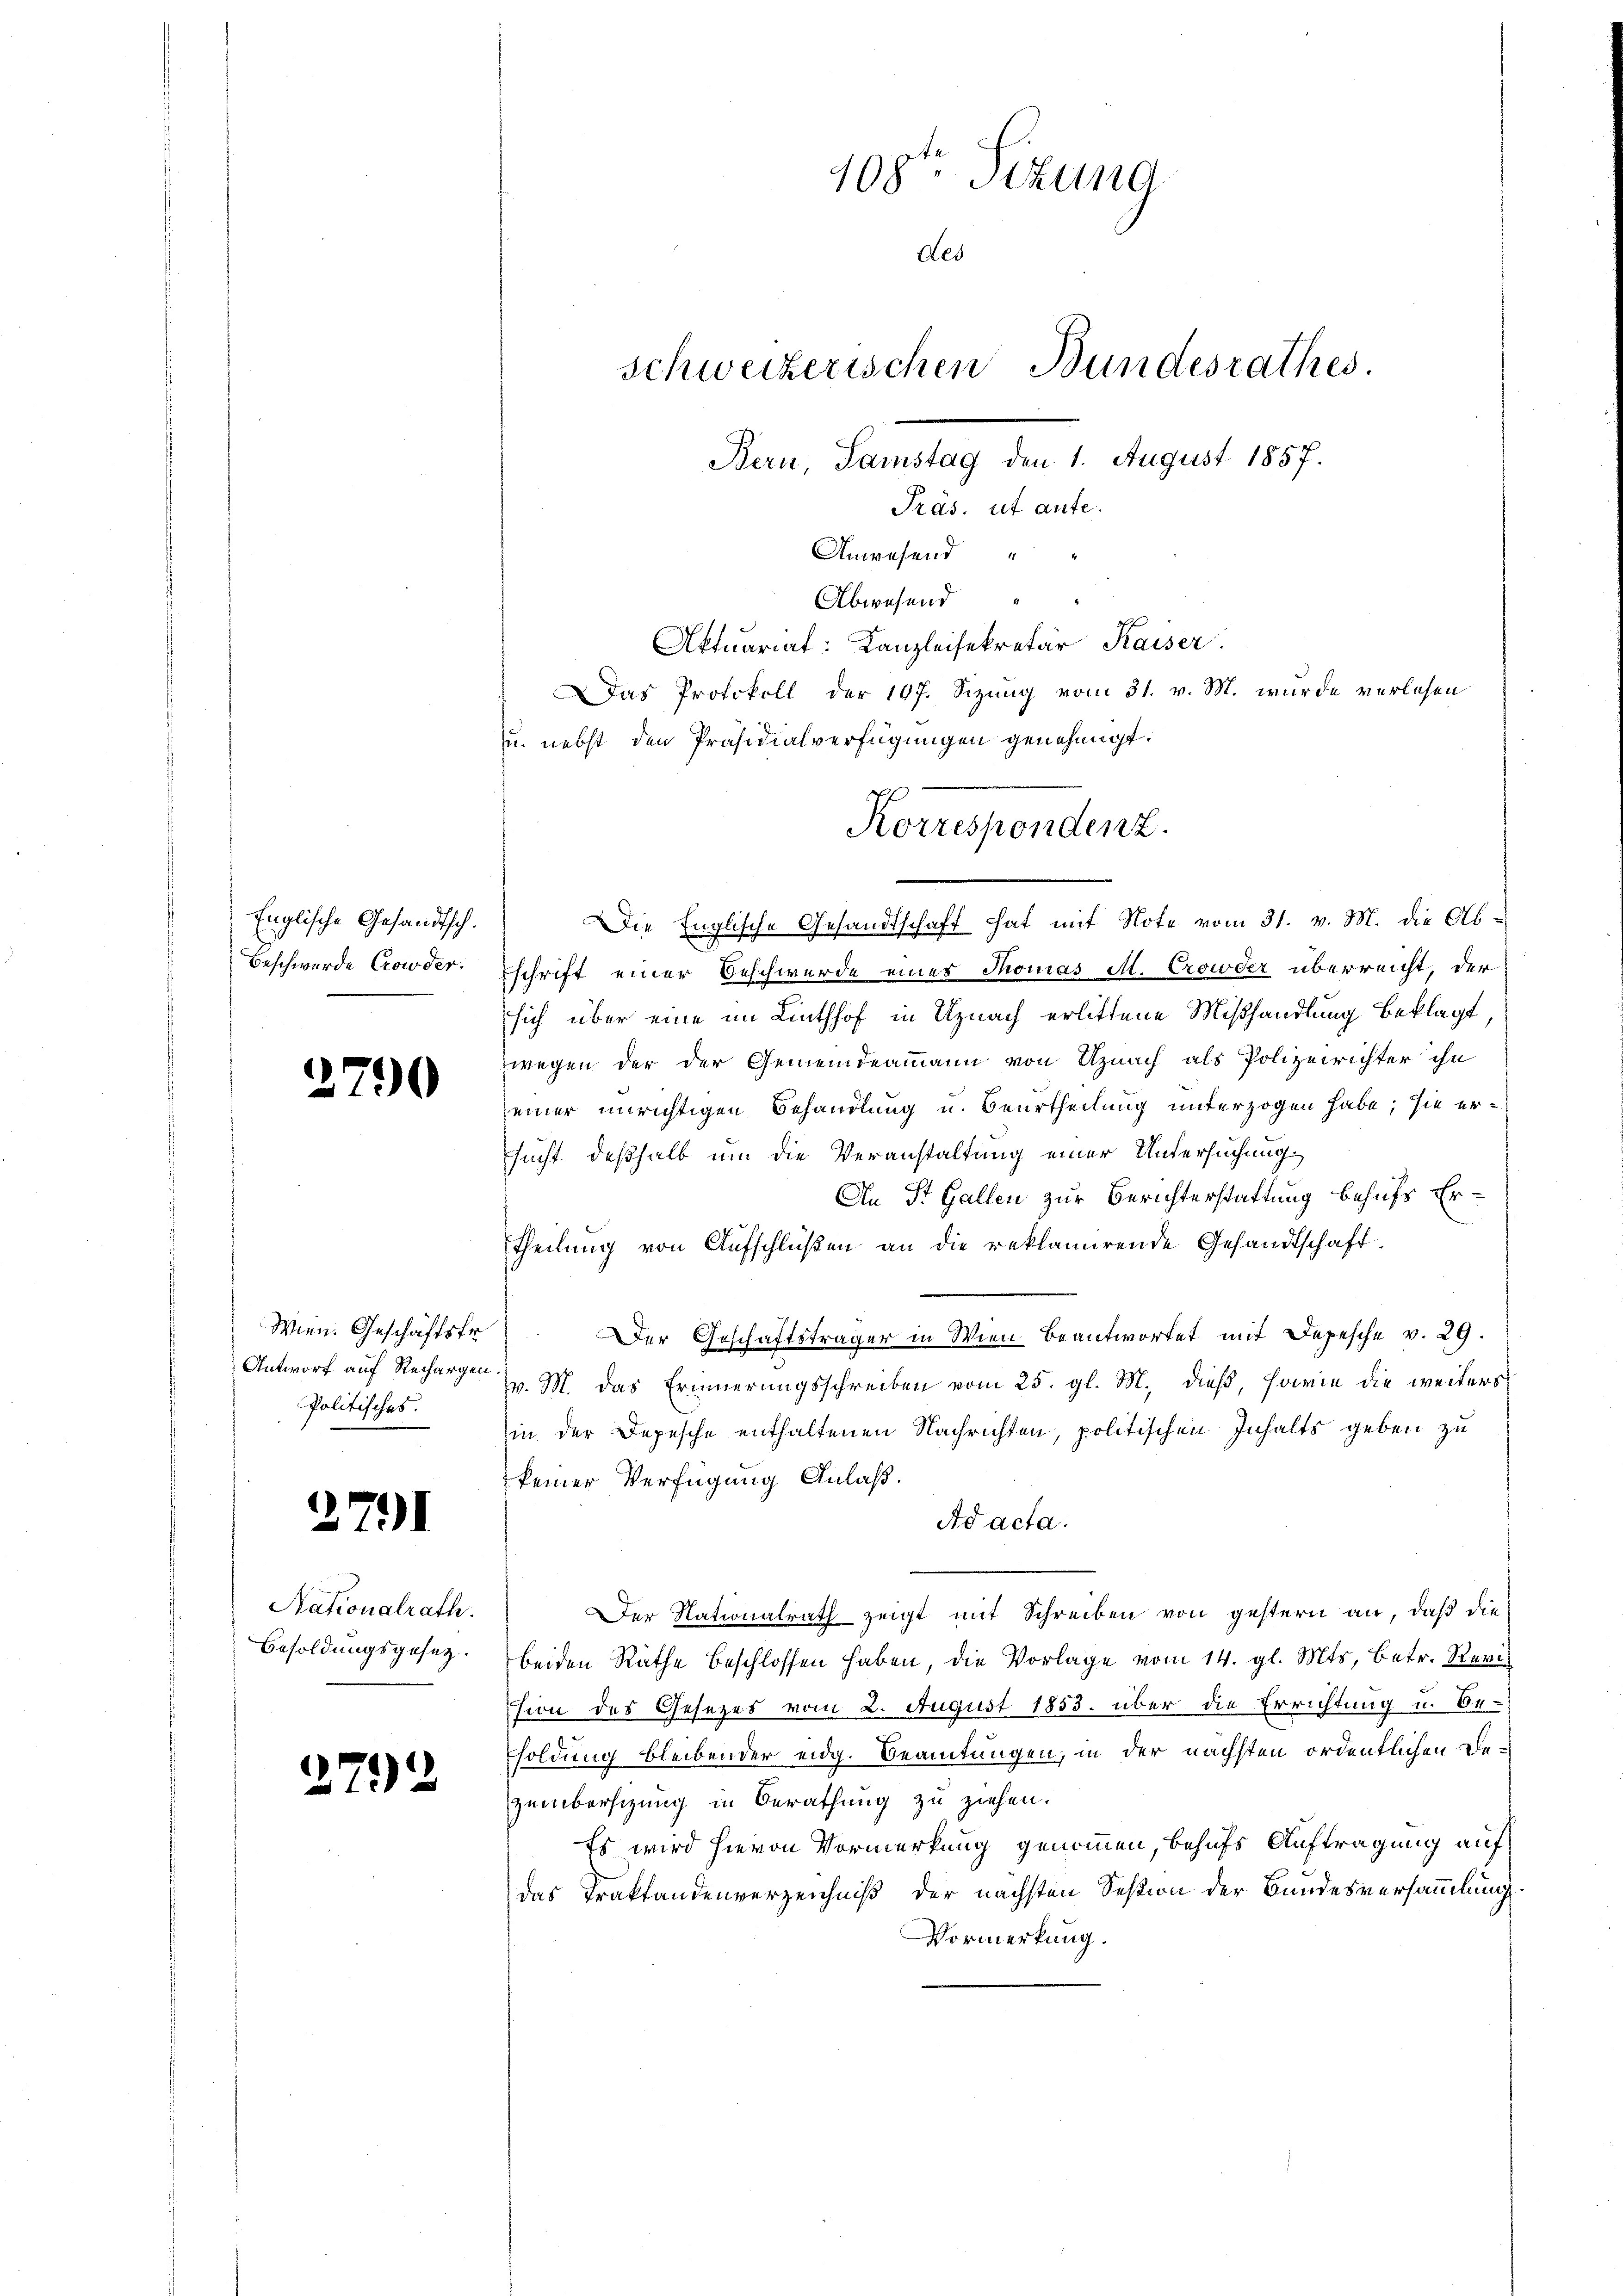
Englische Gesandtsch.
Beschwerde Crowder.

2790

Wien. Geschäftsfr.
Antworf auf Rechargen
Politisches.

1

791

Nationalrath.
Besoldungsgesetz.

2792

108ten Sizung
des
schweizerischen Bundesrathes.
Bern, Samstag den 1. August 1857.
Präs. ut aute.
Anwesend
Abwesend
Aktuariat: Kanzleisekretär Kaiser
Das Protokoll der 197. Sizung vom 31. v. M. wurde verlesen
u. nebst den Präsidialverfügungen genehmigt.

Korrespondenz.

Die Englische Gesandtschaft hat mit Note vom 31. v. M. die Abschrift einer Beschwerde eines Thomas A. Crowder überreicht, der
sich über eine im Linthhof in Uznach erlittene Mißhandlung beklagt,
wegen der der Gemeindeammann von Uznach als Polizeirichter ihn
einer unrichtigen Behandlung u. Beurtheilung unterzogen habe; sie ersucht deßhalb um die Veranstaltung einer Untersuchung,
An St. Gallen zur Berichterstattung behufs Ertheilung von Aufschlüßen an die reklamirende Gesandtschaft.
Der Geschäftsträger in Wien beantwortet mit Depesche v. 29.
v. M. das Erinnerungsschreiben vom 25. gl. M., dieß, sowie die weiters
in der Depesche enthaltenen Nachrichten, politischen Inhalts geben zu
keiner Verfügung Anlaß.
Ad acta.
Der Nationalrath zeigt mit Schreiben von gestern an, daß die
beiden Räthe beschlossen haben, die Vorlage vom 14. gl. Mts. betr. Revision des Gesezes vom 2. August 1853. über die Errichtung u. Be-
soldung bleibender eidg. Beamtungen, in der nächsten ordentlichen Dezembersitzung in Berathung zu ziehen.
Es wird hievon Vormerkung genommen, behufs Auftragung auf
das Traktandenverzeichniß der nächsten Session der Bundesversammlung
Vormerkung.